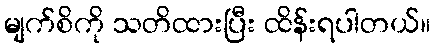
မျက်စိကို သတိထားပြီး ထိန်းရပါတယ်။